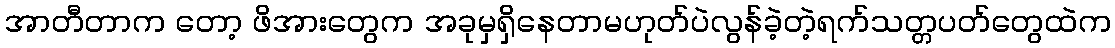
အာတီတာက တော့ ဖိအားတွေက အခုမှရှိနေတာမဟုတ်ပဲလွန်ခဲ့တဲ့ရက်သတ္တပတ်တွေထဲက